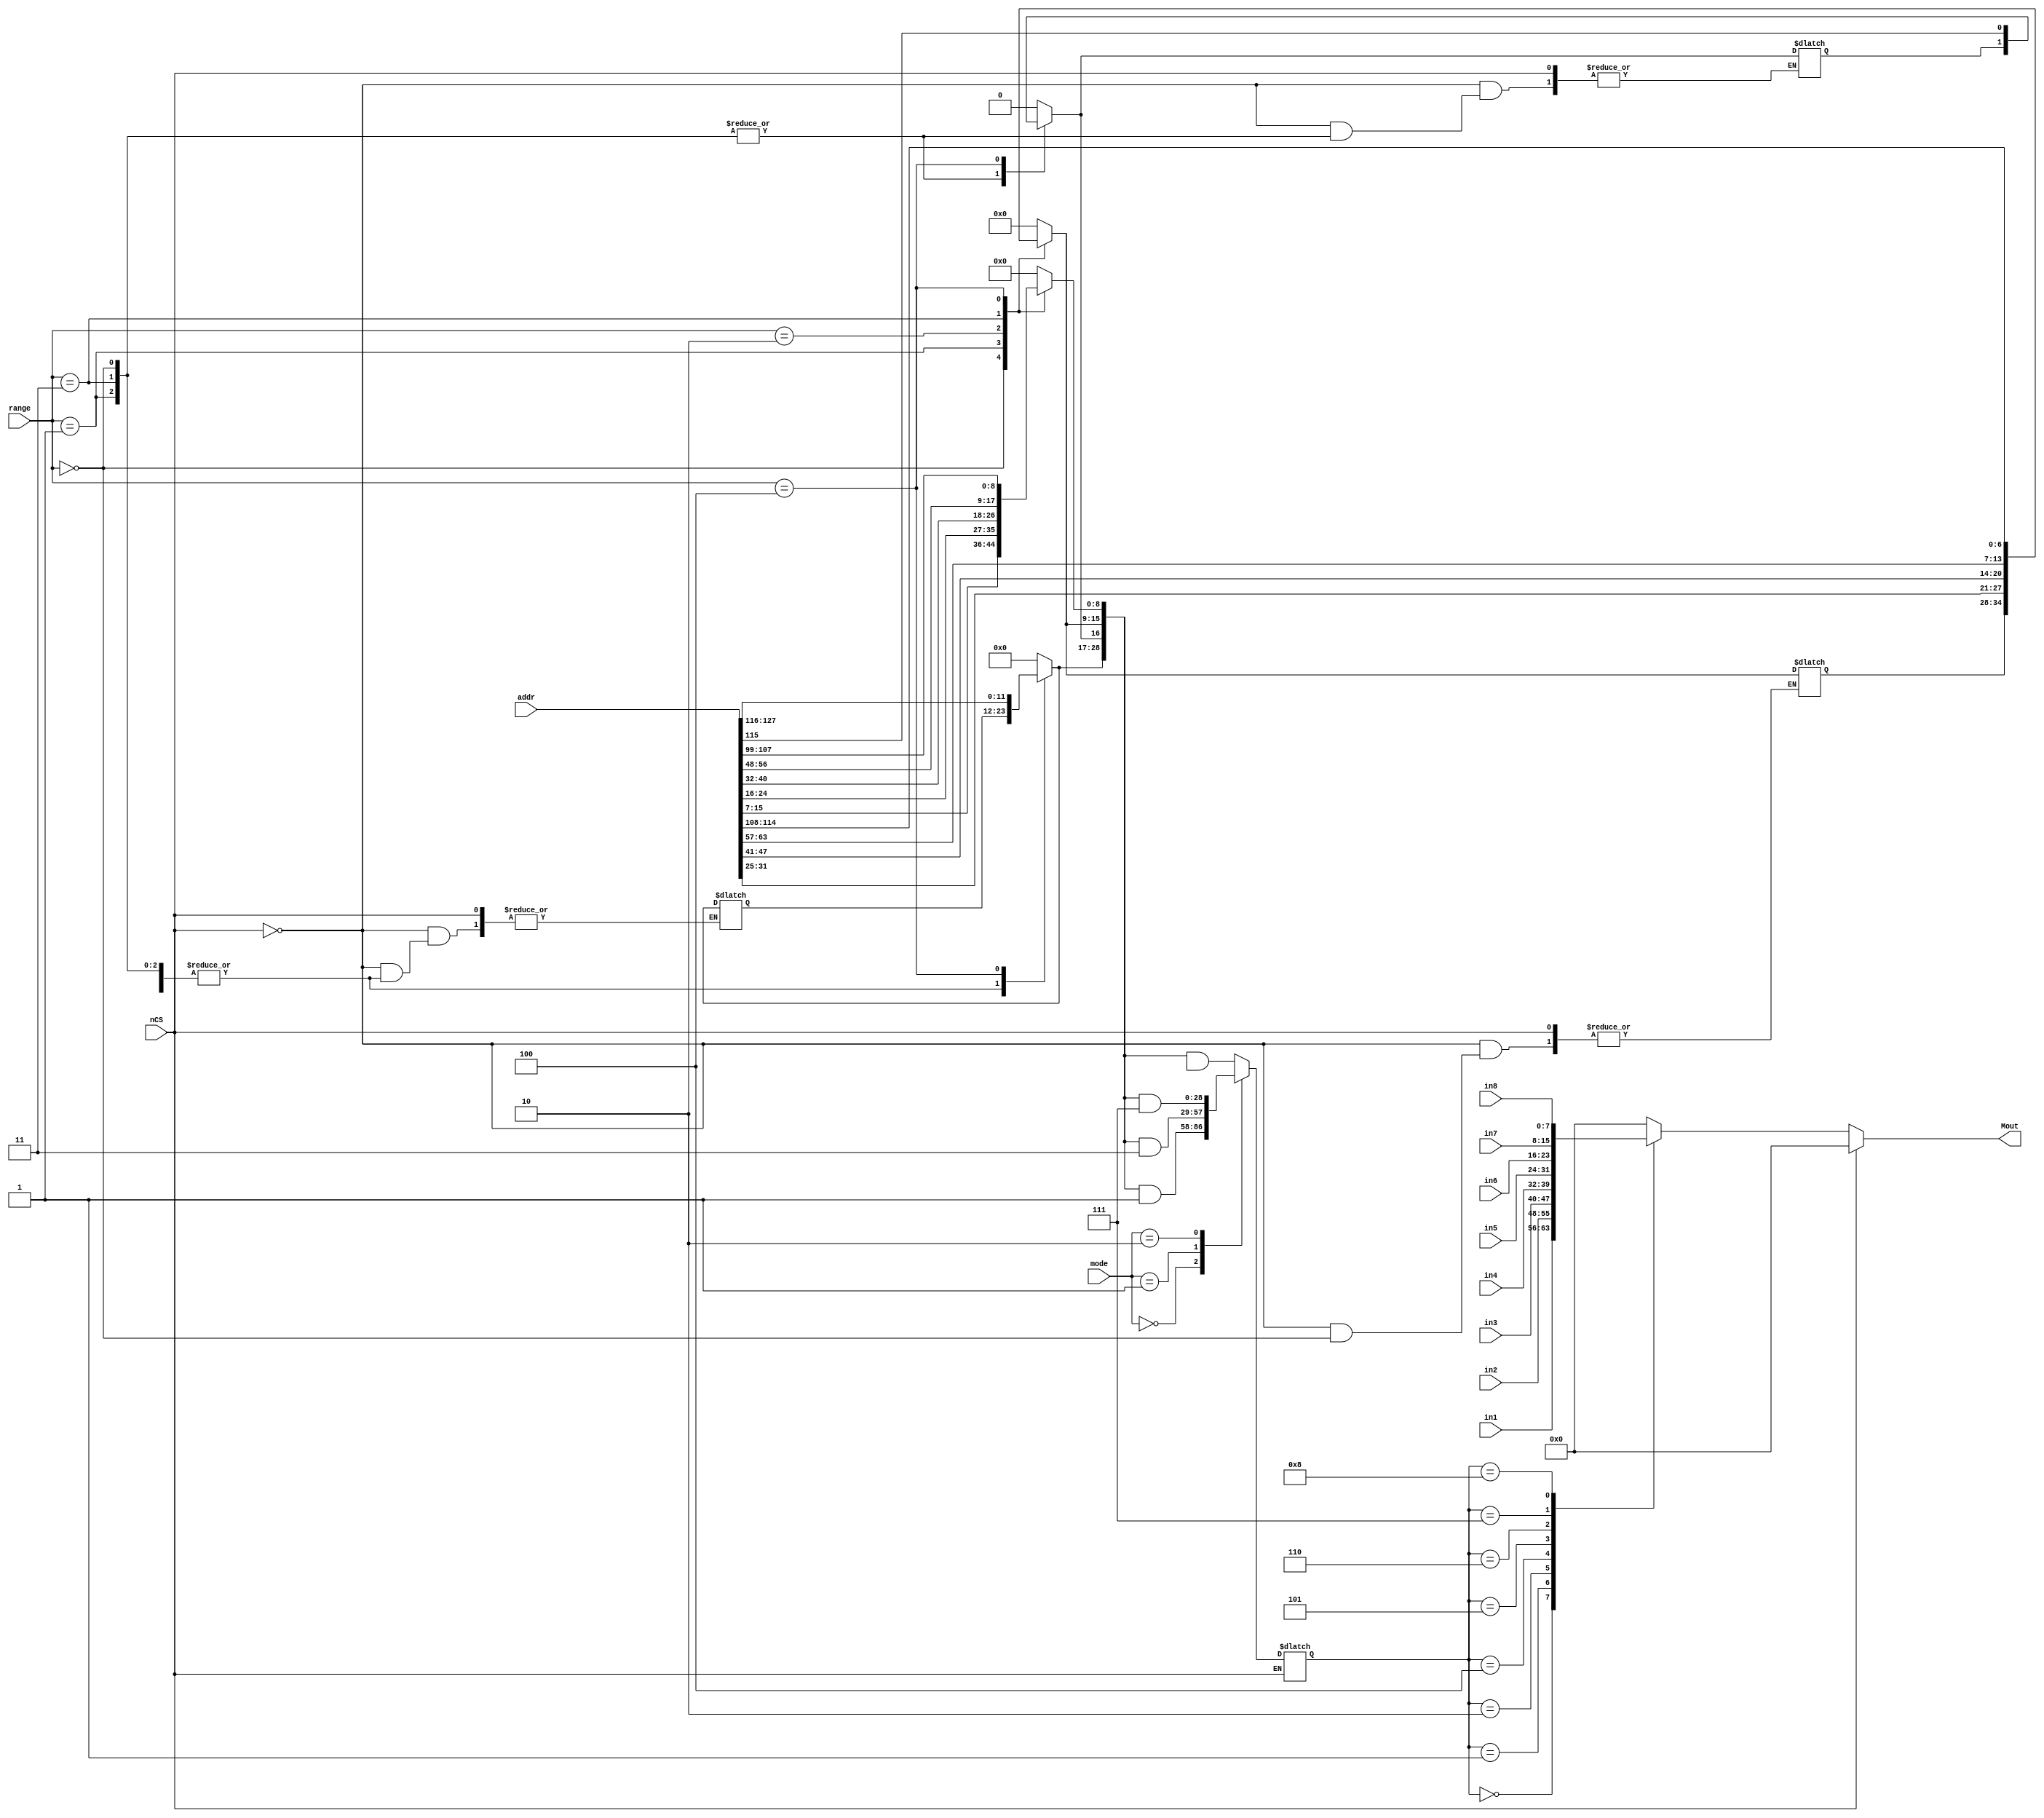
`timescale 1ns / 1ps
//////////////////////////////////////////////////////////////////////////////////
// Company: 
// Engineer: 
// 
// Design Name: 
// Module Name: mux
// Project Name: 
// Target Devices: 
// Tool Versions: 
// Description: 
// 
// Dependencies: 
// 
// Revision:
// Revision 0.01 - File Created
// Additional Comments:
// 
//////////////////////////////////////////////////////////////////////////////////


module mux(
    addr,in1,in2,in3,in4,in5,in6,in7,in8,nCS,mode,range,Mout
    );
   /*mode input a 2 bits signal to choose 2/4/8 mode 
   //00 - 2
   //01 - 4
   //10 - 8
   */
   input[1:0] mode;
   input[127:0] addr;
   input[7:0] in1,in2,in3,in4,in5,in6,in7,in8;
   //chose the range of selector,first bit number is 1
   //000:8-16
   //001:17-32
   //010:33-48
   //011:49-64
   //100:100-128
   input[2:0] range;
   input nCS;
   output reg [7:0] Mout;
   //store the result of selector
   reg [28:0] result;
   reg [28:0] selector = 8'h00;;
   
    always @ (*)
    begin
        if(!nCS)  
            begin
            //choose range
            case(range)
            3'b000:selector[8:0] = addr[15:7];
            3'b001:selector[15:0] = addr[31:16];
            3'b010:selector[16:0] = addr[47:32];
            3'b011:selector[15:0] = addr[63:48];
            3'b100:selector[28:0] = addr[127:99];
            default:selector[28:0] = 8'h00;
            endcase
            
            
            //chose mode
            case(mode)
            2'b00:result <= selector & 8'h01;
            2'b01:result <= selector & 8'h03;
            2'b10:result <= selector & 8'h07;
            default:result <= selector & 8'hxx;
            endcase   
            
            
            
            
            //get output     
            case(result)
            8'h00: Mout = in1;
            8'h01: Mout = in2;
            8'h02: Mout = in3;
            8'h04: Mout = in4;
            8'h05: Mout = in5;
            8'h06: Mout = in6;
            8'h07: Mout = in7;
            8'h08: Mout = in8;
            default: Mout = 0;
            endcase
            end
        else
            Mout = 0;
    end 
    
endmodule